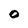
Character: 0